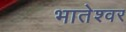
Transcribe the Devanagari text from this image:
भातेश्वर